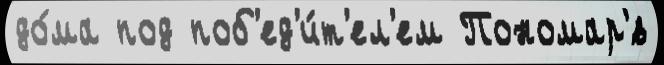
до́ма под поб'ед'и́т'ел'ем Пономар'́в